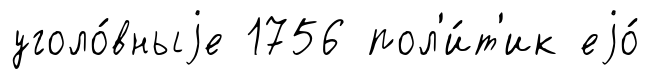
уголо́вныjе 1756 пол'и́т'ик еjо́